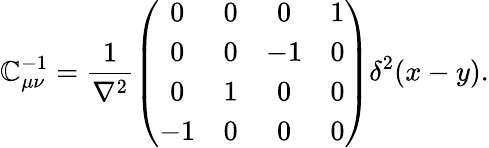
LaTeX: \mathbb{C}_{\mu\nu}^{-1}=\frac{{1}}{{\nabla^{2}}}\left(\begin{array}{cccc}{{0}}&{{0}}&{{0}}&{{1}}\\ {{0}}&{{0}}&{{-1}}&{{0}}\\ {{0}}&{{1}}&{{0}}&{{0}}\\ {{-1}}&{{0}}&{{0}}&{{0}}\end{array}\right)\delta^{2}(x-y).